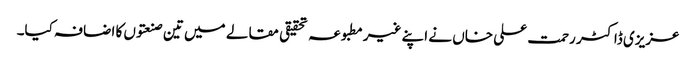
عزیزی ڈاکٹر رحمت علی خاں نے اپنے غیرمطبوعہ تحقیقی مقالے میں تین صنعتوں کا اضافہ کیا۔